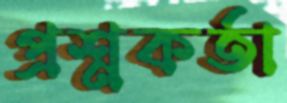
প্রশ্নকর্তা